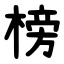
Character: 榜